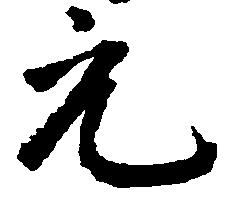
元